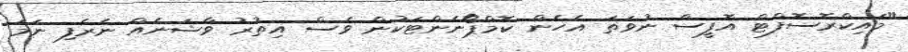
"މައިކްރޮސޮފްޓް އޮފީސް ނުވަތަ އެހެން ކޮމްޕޯނެންޓަކުން ވެސް އިތުރު ވާޝަނެއް ނެރެފި ނަމަ